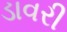
ડાવરી